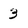
Character: 3